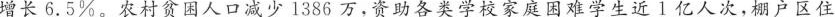
增长6.5%。农村贫困人口减少1386万，资助各类学校家庭困难学生近l亿人次，棚户区住